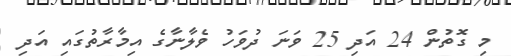
މި ގޮތުން 24 އަދި 25 ވަނަ ދުވަހު ވެލާނާގެ އިމާރާތުގައި އަދި